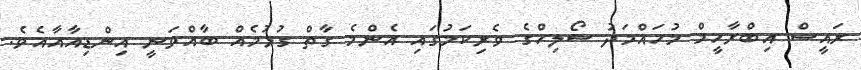
ރައީސް އިބްރާހީމް މުހައްމަދު ސޯލިހްގެ ވެރިކަމުގައި އެންމެ ގާތް ގުޅުމެއް ބާއްވަނީ އިންޑިއާއާއެވެ.